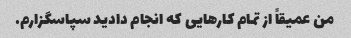
من عمیقاً از تمام کارهایی که انجام دادید سپاسگزارم.